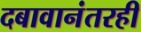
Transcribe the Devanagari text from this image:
दबावानंतरही